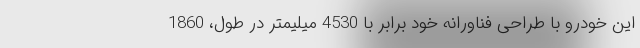
این خودرو با طراحی فناورانه خود برابر با 4530 میلیمتر در طول، 1860